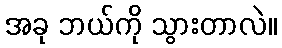
အခု ဘယ်ကို သွားတာလဲ။